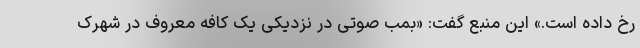
رخ داده است.» این منبع گفت: «بمب صوتی در نزدیکی یک کافه معروف در شهرک